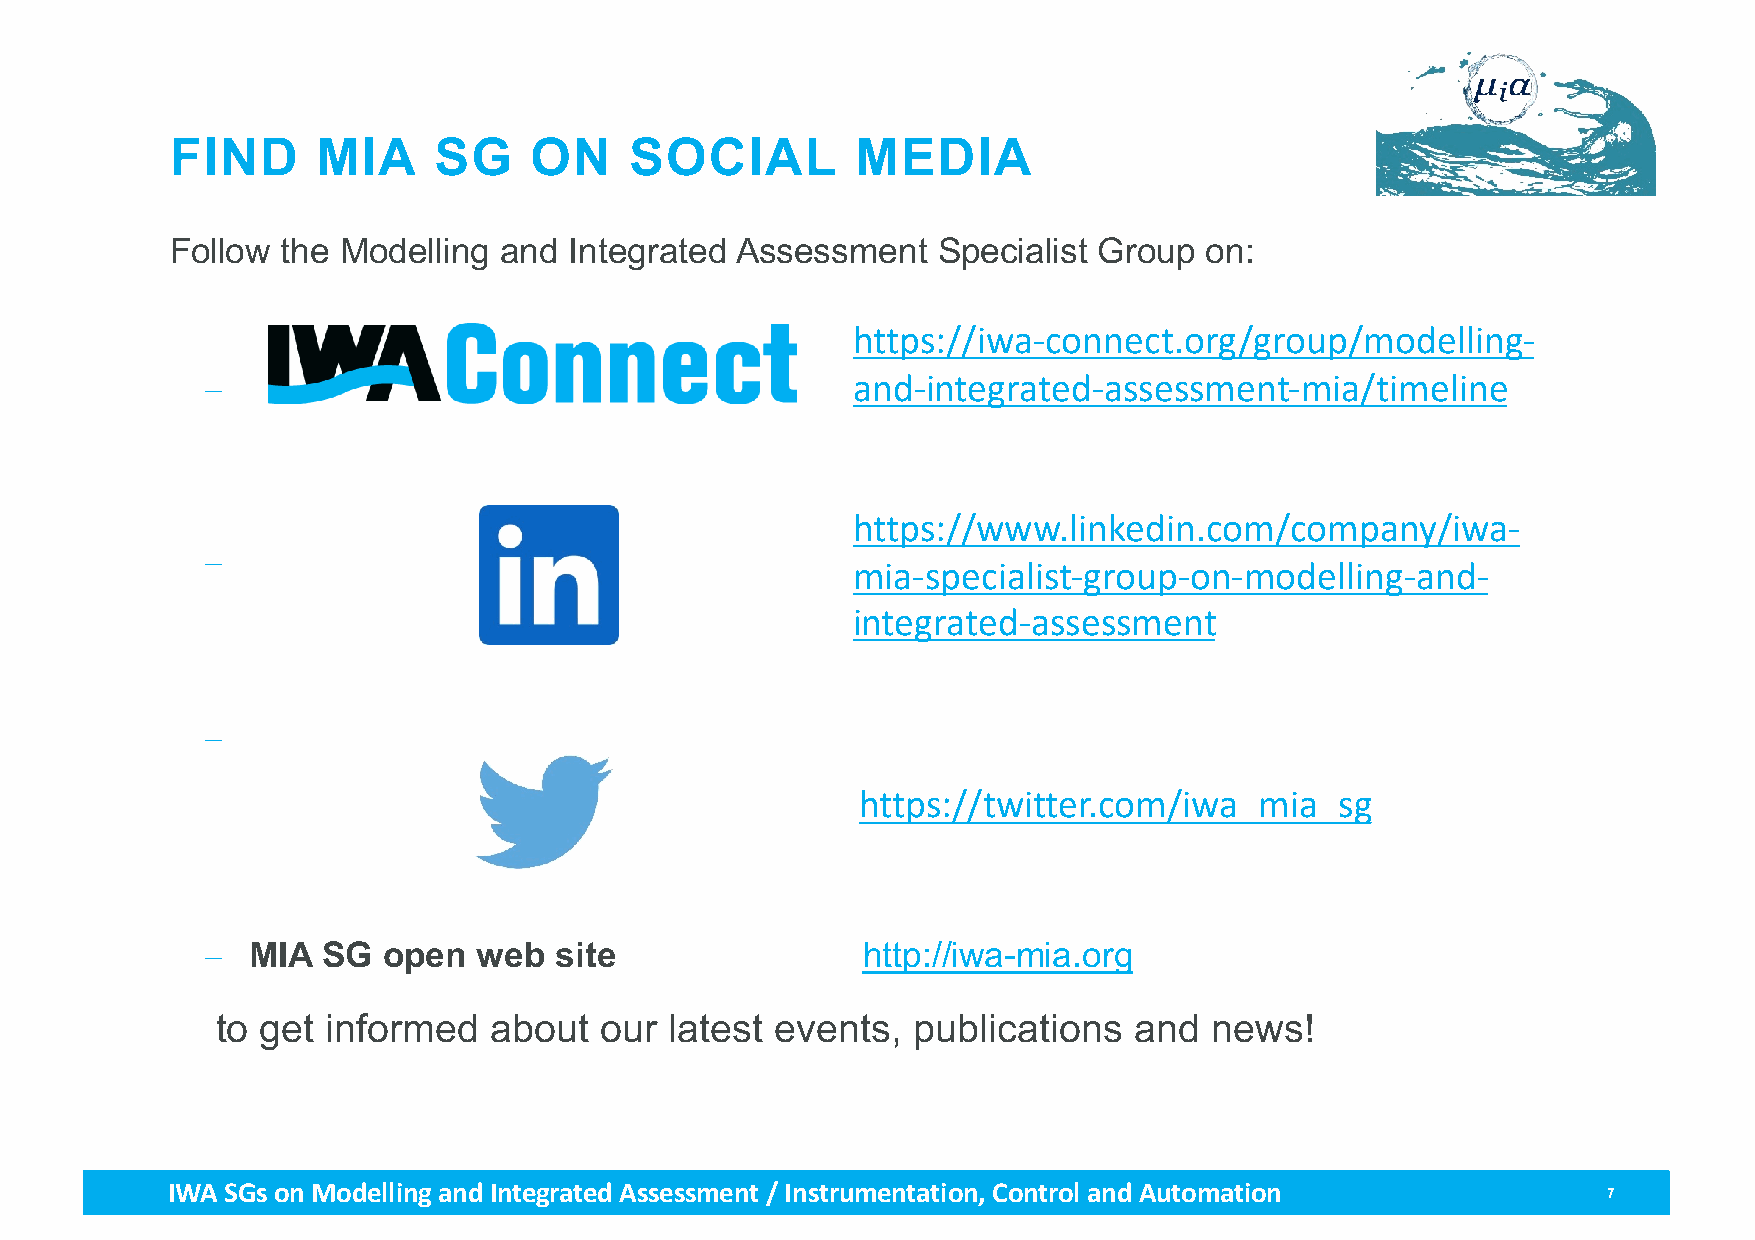
FIND      MIA     SG    ON     SOCIAL         MEDIA
 Follow  the Modelling and  Integrated Assessment   Specialist Group  on:
 https://iwa-connect.org/group/modelling-
 -                                         and-integrated-assessment-mia/timeline
 https://www.linkedin.com/company/iwa-
 -
 mia-specialist-group-on-modelling-and-
 integrated-assessment
 -
 https://twitter.com/iwa_mia_sg
 - MIA  SG  open   web  site                http://iwa-mia.org
 to get  informed  about   our latest events,  publications   and  news!
 IWA SGs on Modellingand Integrated Assessment / Instrumentation, Control and Automation        7